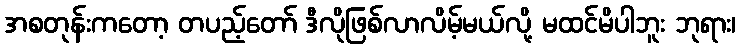
အစတုန်းကတော့ တပည့်တော် ဒီလိုဖြစ်လာလိမ့်မယ်လို့ မထင်မိပါဘူး ဘုရား၊